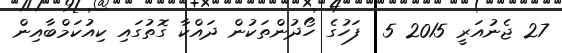
27 ޖެނުއަރީ 2015 5  ފަހުގެ ހޯދުންތަކުން ދައްކާ ގޮތުގައި ކިއުކަމްބާއިން